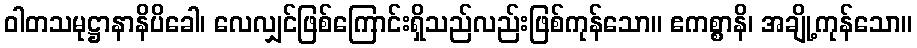
ဝါတသမုဋ္ဌာနာနိပိခေါ၊ လေလျှင်ဖြစ်ကြောင်းရှိသည်လည်းဖြစ်ကုန်သော။ ဧကစ္စာနိ၊ အချို့ကုန်သော။